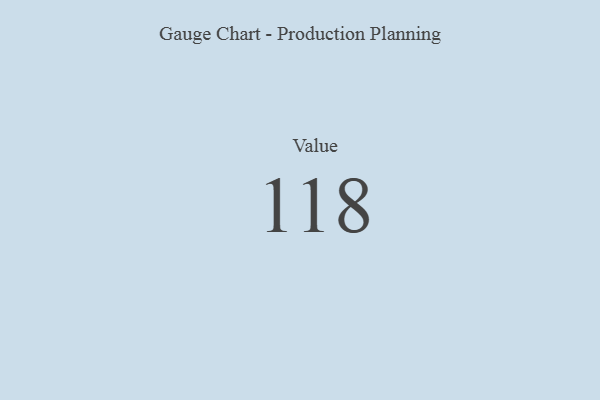
{"axis": {"x": "Metric", "y": "Value"}, "legend": [""], "data": [{"x": "Value", "y": 118, "type": ""}]}